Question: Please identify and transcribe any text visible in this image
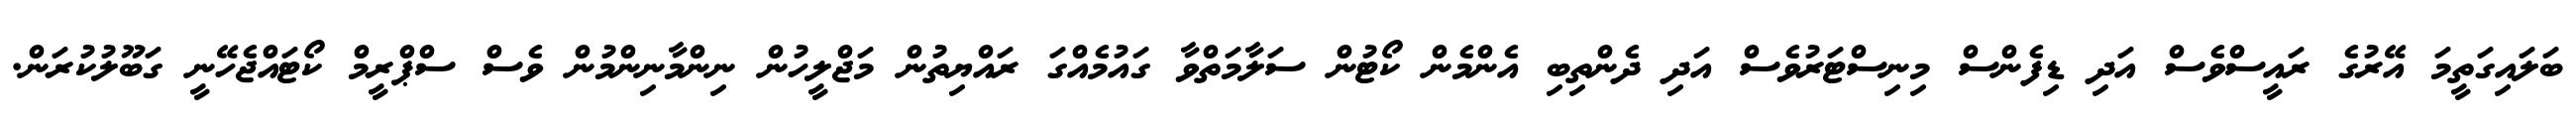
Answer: ބަލައިގަތީމަ އޭރުގެ ރައީސްވެސް އަދި ޑިފެންސް މިނިސްޓަރުވެސް އަދި ދެންތިބި އެންމެން ކޯޓުން ސަލާމަތްވާ ގައުމެއްގަ ރައްޔިތުން މަޖްލީހުން ނިންމާނިންމުން ވެސް ސްޕްރީމް ކޯޓައްޖެހޭނީ ގަބޫލުކުރަން.